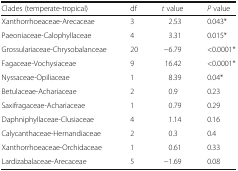
<table><thead><tr><td><b>Clades (temperate-tropical)</b></td><td><b>df</b></td><td><b><i>t</i> value</b></td><td><b><i>P</i> value</b></td></tr></thead><tbody><tr><td>Xanthorrhoeaceae-Arecaceae</td><td>3</td><td>2.53</td><td>0.043*</td></tr><tr><td>Paeoniaceae-Calophyllaceae</td><td>4</td><td>3.31</td><td>0.015*</td></tr><tr><td>Grossulariaceae-Chrysobalanceae</td><td>20</td><td>−6.79</td><td>&lt;0.0001*</td></tr><tr><td>Fagaceae-Vochysiaceae</td><td>9</td><td>16.42</td><td>&lt;0.0001*</td></tr><tr><td>Nyssaceae-Opiliaceae</td><td>1</td><td>8.39</td><td>0.04*</td></tr><tr><td>Betulaceae-Achariaceae</td><td>2</td><td>0.9</td><td>0.23</td></tr><tr><td>Saxifragaceae-Achariaceae</td><td>1</td><td>0.79</td><td>0.29</td></tr><tr><td>Daphniphyllaceae-Clusiaceae</td><td>4</td><td>1.14</td><td>0.16</td></tr><tr><td>Calycanthaceae-Hernandiaceae</td><td>2</td><td>0.3</td><td>0.4</td></tr><tr><td>Xanthorrhoeaceae-Orchidaceae</td><td>1</td><td>0.61</td><td>0.33</td></tr><tr><td>Lardizabalaceae-Arecaceae</td><td>5</td><td>−1.69</td><td>0.08</td></tr></tbody></table>